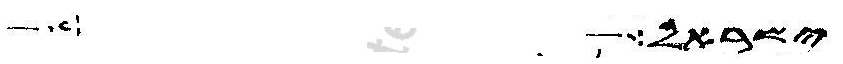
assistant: ישראל